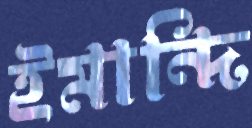
ইমান্দি